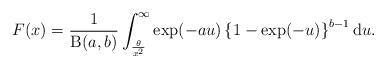
LaTeX: \begin{align*}F(x) = \frac{1}{\operatorname{B}(a,b)}\int^{\infty}_{\frac{\theta}{x^2}}\exp(-au)\left\{ 1-\exp(-u) \right\}^{b-1}\mathrm{d}u.\end{align*}